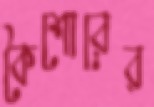
কৈশোরের